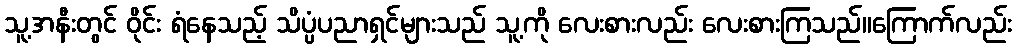
သူ့အနီးတွင် ဝိုင်း ရံနေသည့် သိပ္ပံပညာရှင်များသည် သူ့ကို လေးစားလည်း လေးစားကြသည်။ကြောက်လည်း